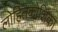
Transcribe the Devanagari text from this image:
लोहितकोशिका